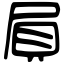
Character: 屓